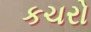
કચરો